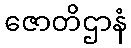
ဇောတိဌာနံ